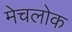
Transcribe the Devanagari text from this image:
मेचलोक